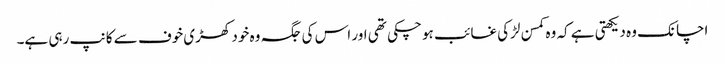
اچانک وہ دیکھتی ہے کہ وہ کمسن لڑکی غائب ہو چکی تھی اور اس کی جگہ وہ خود کھڑی خوف سے کانپ رہی ہے۔